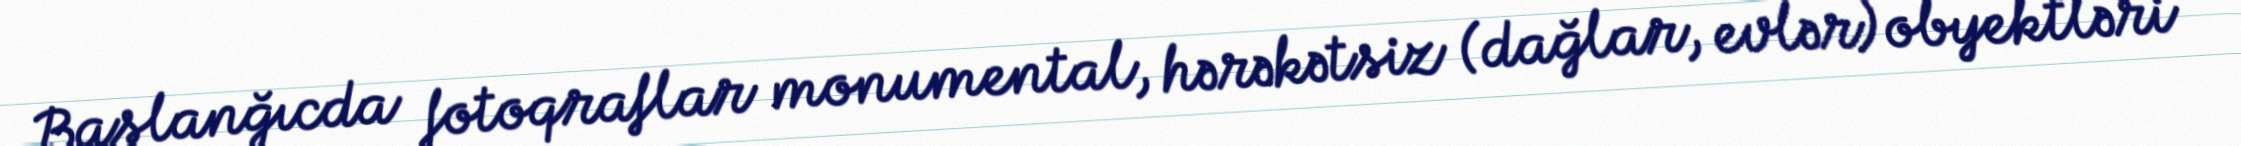
Başlanğıcda fotoqraflar monumental, hərəkətsiz (dağlar, evlər) obyektləri